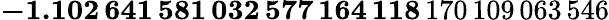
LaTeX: \mathbf{-1.102\, 641\, 581\, 032\, 577\, 164\, 118}\, 170\, 109\, 063\, 546